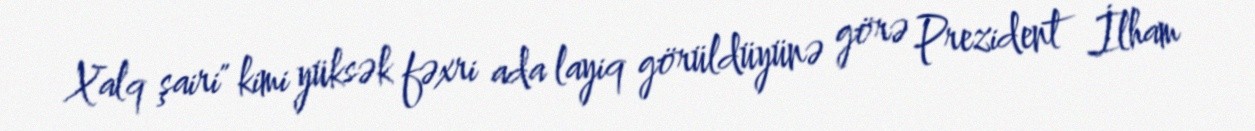
Xalq şairi" kimi yüksək fəxri ada layiq görüldüyünə görə Prezident İlham